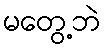
မတွေ့ဘဲ